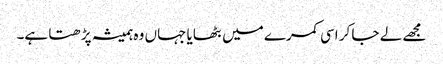
مجھے لے جا کر اسی کمرے میں بٹھایا جہاں وہ ہمیشہ پڑھتا ہے۔